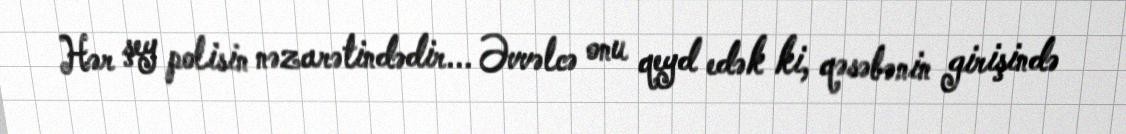
Hər şey polisin nəzarətindədir... Əvvəlcə onu qeyd edək ki, qəsəbənin girişində